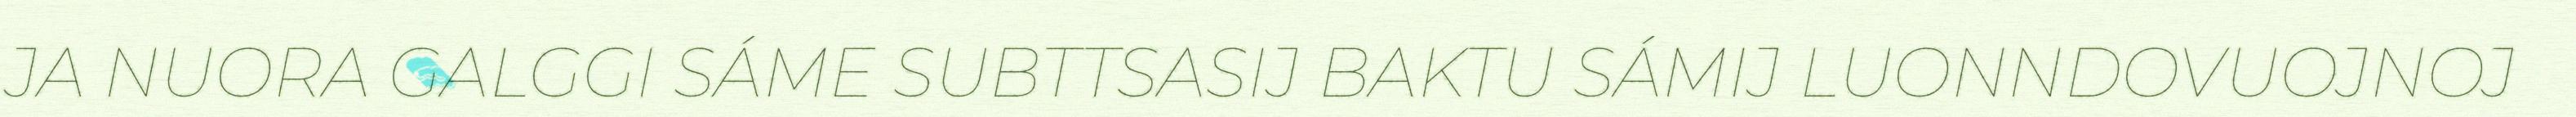
JA NUORA GALGGI SÁME SUBTTSASIJ BAKTU SÁMIJ LUONNDOVUOJNOJ